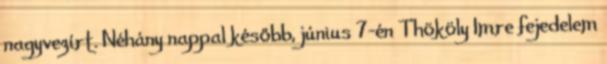
nagyvezírt. Néhány nappal később, június 7-én Thököly Imre fejedelem